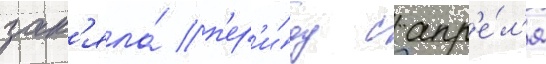
зан'яла́ п'ер'и́од с апр'е́л'я